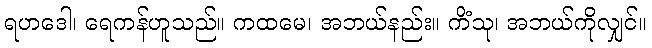
ရဟဒေါ၊ ရေကန်ဟူသည်။ ကထမေ၊ အဘယ်နည်း။ ကိံသု၊ အဘယ်ကိုလျှင်။